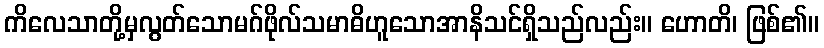
ကိလေသာတို့မှလွတ်သောမဂ်ဖိုလ်သမာဓိဟူသောအာနိသင်ရှိသည်လည်း။ ဟောတိ၊ ဖြစ်၏။